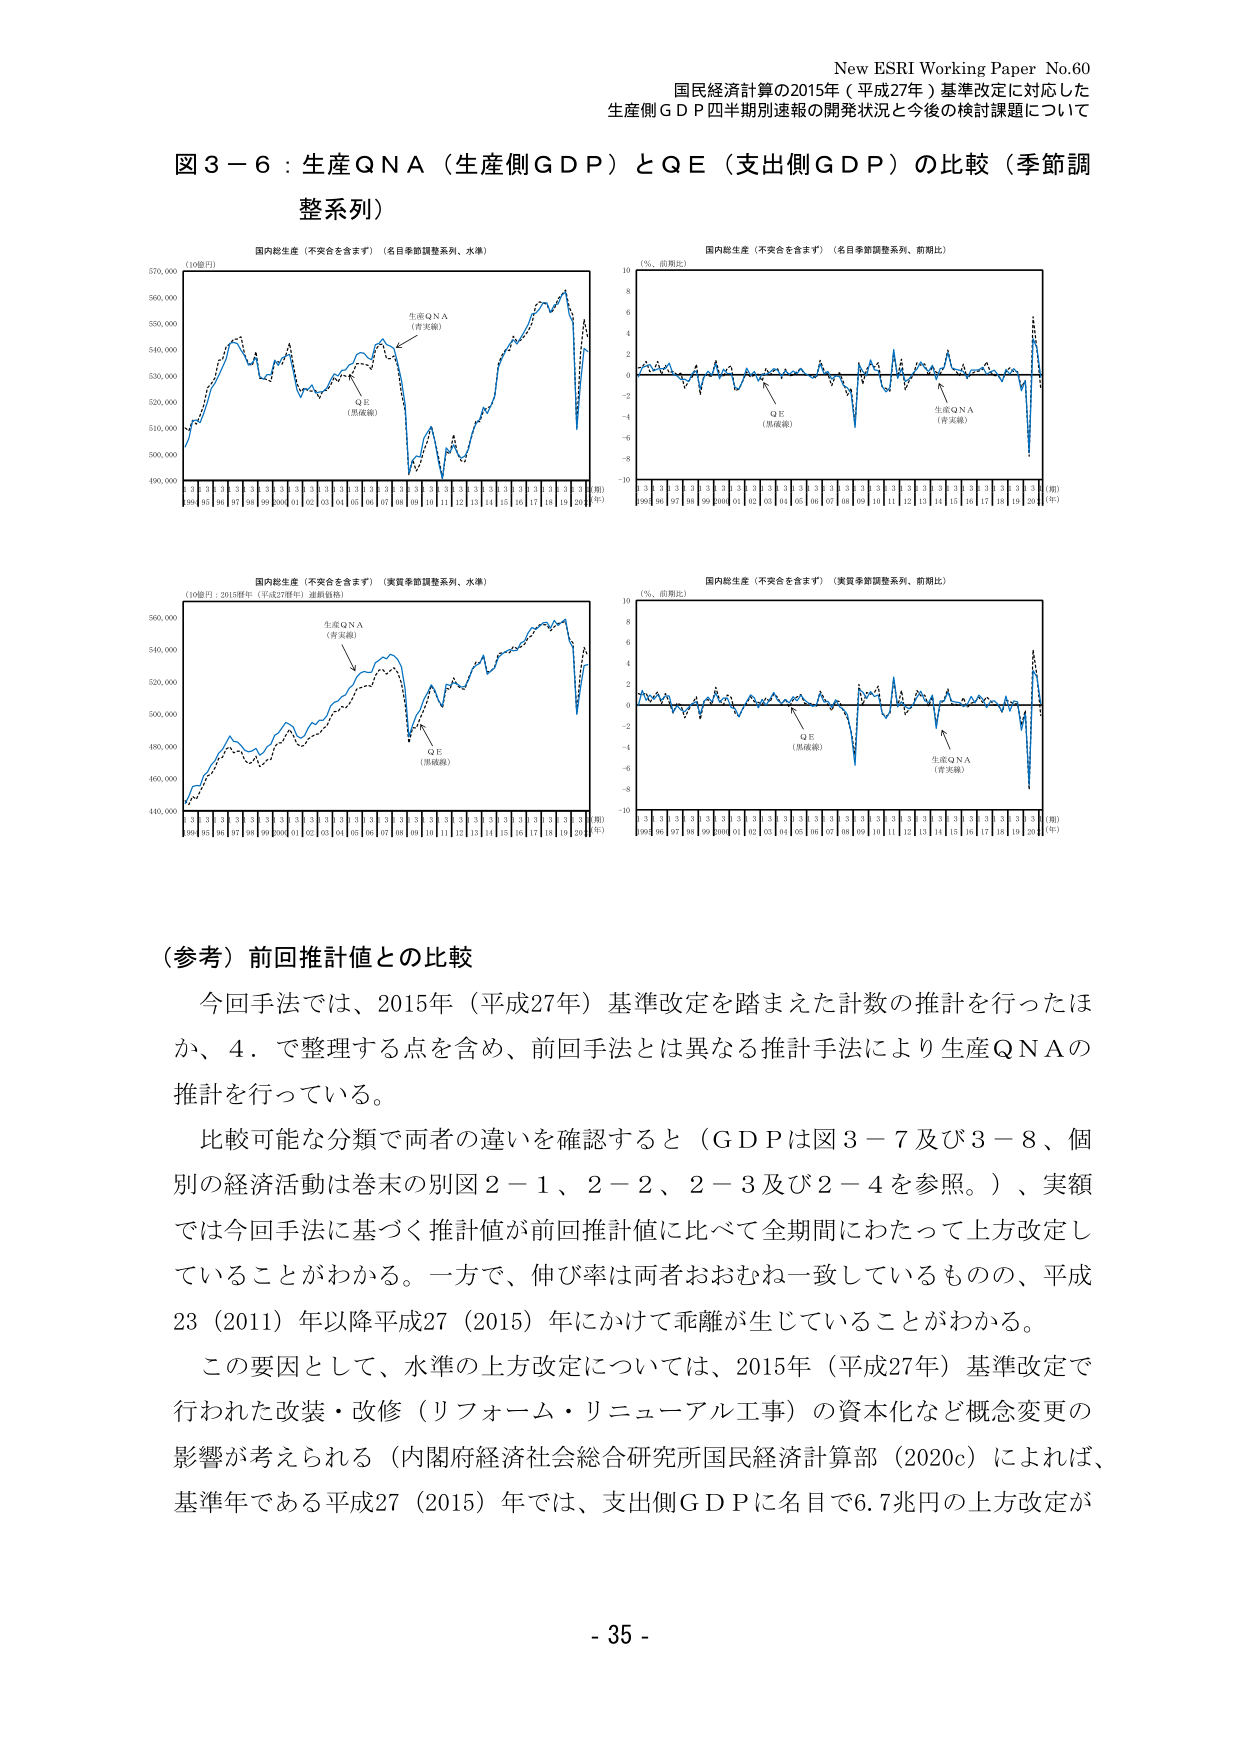
New ESRI Working Paper No.60
国民経済計算の2015年（平成27年）基準改定に対応した
生産側ＧＤＰ四半期別速報の開発状況と今後の検討課題について

図３－６：生産ＱＮＡ（生産側ＧＤＰ）とＱＥ（支出側ＧＤＰ）の比較（季節調整系列）

国内総生産（不安全を含まず）（名目季節調整系列、水準）
（10億円）
570,000
560,000
550,000
540,000
530,000
520,000
510,000
500,000
490,000
生産ＱＮＡ
（青実線）
ＱＥ
（黒破線）
95 96 97 98 99 00 01 02 03 04 05 06 07 08 09 10 11 12 13 14 15 16 17 18 19 20（期）
（年）

国内総生産（不安全を含まず）（名目季節調整系列、前期比）
（％、前期比）
10
8
6
4
2
0
-2
-4
-6
-8
-10
ＱＥ
（黒破線）
生産ＱＮＡ
（青実線）
95 96 97 98 99 00 01 02 03 04 05 06 07 08 09 10 11 12 13 14 15 16 17 18 19 20（期）
（年）

国内総生産（不安全を含まず）（実質季節調整系列、水準）
（10億円：2015年（平成27年）連鎖価格）
560,000
540,000
520,000
500,000
480,000
460,000
440,000
生産ＱＮＡ
（青実線）
ＱＥ
（黒破線）
95 96 97 98 99 00 01 02 03 04 05 06 07 08 09 10 11 12 13 14 15 16 17 18 19 20（期）
（年）

国内総生産（不安全を含まず）（実質季節調整系列、前期比）
（％、前期比）
10
8
6
4
2
0
-2
-4
-6
-8
-10
ＱＥ
（黒破線）
生産ＱＮＡ
（青実線）
95 96 97 98 99 00 01 02 03 04 05 06 07 08 09 10 11 12 13 14 15 16 17 18 19 20（期）
（年）

（参考）前回推計値との比較

今回手法では、2015年（平成27年）基準改定を踏まえた計数の推計を行ったほか、4．で整理する点を含め、前回手法とは異なる推計手法により生産ＱＮＡの推計を行っている。

比較可能な分類で両者の違いを確認すると（ＧＤＰは図３－７及び３－８、個別の経済活動は巻末の別図２－１、２－２、２－３及び２－４を参照。）、実額では今回手法に基づく推計値が前回推計値に比べて全期間にわたって上方改定していることがわかる。一方で、伸び率は両者おおむね一致しているものの、平成23（2011）年以降平成27（2015）年にかけて乖離が生じていることがわかる。

この要因として、水準の上方改定については、2015年（平成27年）基準改定で行われた改装・改修（リフォーム・リニューアル工事）の資本化など概念変更の影響が考えられる（内閣府経済社会総合研究所国民経済計算部（2020c）によれば、基準年である平成27（2015）年では、支出側ＧＤＰに名目で6.7兆円の上方改定が

- 35 -